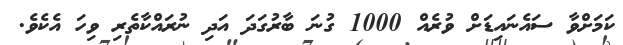
ކަމަށްވާ ސައެނައިޑަށް ވުރެއް 1000 ގުނަ ބާރުގަދަ އަދި ނުރައްކާތެރި ވިހަ އެކެވެ.